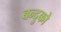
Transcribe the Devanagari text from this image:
बन्दुको